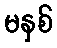
မနှစ်